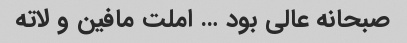
صبحانه عالی بود … املت مافین و لاته